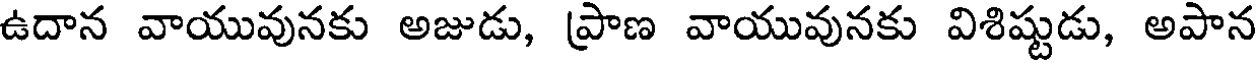
ఉదాన వాయువునకు అజుడు, ప్రాణ వాయువునకు విశిష్టుడు, అపాన